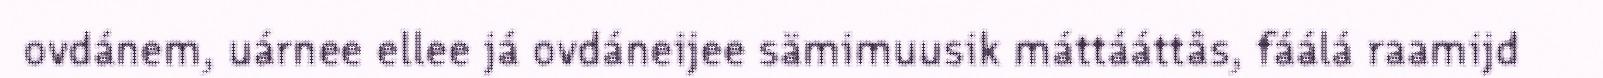
ovdánem, uárnee ellee já ovdáneijee sämimuusik máttááttâs, fáálá raamijd